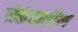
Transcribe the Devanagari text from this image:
सेकंदातील